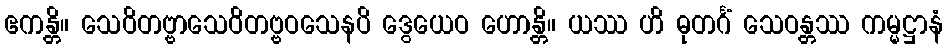
ဧကန္တိ။ သေဝိတဗ္ဗာသေဝိတဗ္ဗဝသေနပိ ဒွေယေဝ ဟောန္တိ။ ယဿ ဟိ ဓုတင်္ဂံ သေဝန္တဿ ကမ္မဋ္ဌာနံ